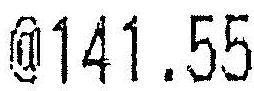
@141.55